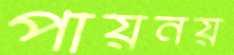
পায়নয়